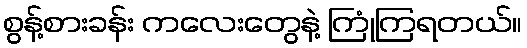
စွန့်စားခန်း ကလေးတွေနဲ့ ကြုံကြရတယ်။